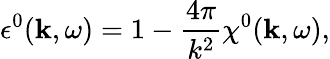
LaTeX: \epsilon^{0}(\mathbf{k},\omega)=1-\frac{4\pi}{k^{2}}\chi^{0}(\mathbf{k},\omega),